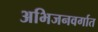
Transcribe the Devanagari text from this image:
अभिजनवर्गात